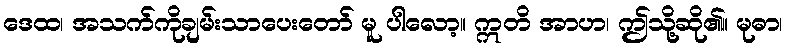
ဒေထ၊ အသက်ကိုချမ်းသာပေးတော် မူ ပါလော့။ ဣတိ အာဟ၊ ဤသို့ဆို၏။ မုဓာ၊